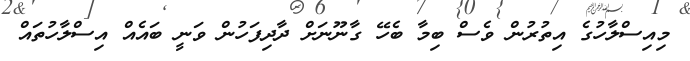
މިއިސްލާހުގެ އިތުރުން ވެސް ބިމާ ބެހޭ ގާނޫނަށް ދާދިފަހުން ވަނީ ބައެއް އިސްލާހުތައް